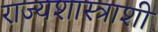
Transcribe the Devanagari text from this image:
राज्यशास्त्राशी